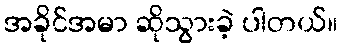
အခိုင်အမာ ဆိုသွားခဲ့ ပါတယ်။